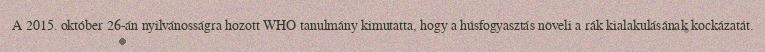
A 2015. október 26-án nyilvánosságra hozott WHO tanulmány kimutatta, hogy a húsfogyasztás növeli a rák kialakulásának kockázatát.